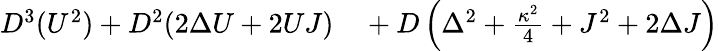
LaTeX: \begin{array}{rl}{D^{3}(U^{2})+D^{2}(2\Delta U+2UJ)}&{{}+D\left(\Delta^{2}+\frac{\kappa^{2}}{4}+J^{2}+2\Delta J\right)}\end{array}